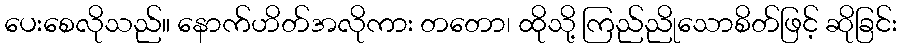
ပေးစေလိုသည်။ နောက်ဟိတ်အလိုကား တတော၊ ထိုသို့ ကြည်ညိုသောစိတ်ဖြင့် ဆိုခြင်း